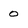
Character: 0